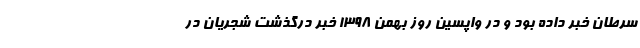
سرطان خبر داده بود و در واپسین روز بهمن 1398 خبر درگذشت شجریان در